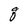
Character: q